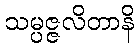
သမ္ပဇ္ဇလိတာနိ